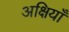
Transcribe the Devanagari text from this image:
अक्षियाँ